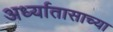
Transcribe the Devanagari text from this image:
अर्ध्यातासाच्या